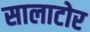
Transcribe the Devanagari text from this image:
सालाटोर